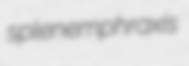
splenemphraxis